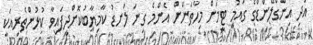
އަދި އިންގްލޭންޑްގެ ގައުމީ ޓީމަށް މިހާތަނަށް އެންމެ ގިނަ ލަނޑު ކާމިޔާބުކޮށްދީފައިވާ ކުޅުންތެރިއަކީ